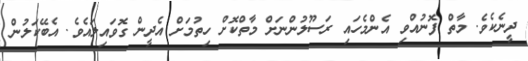
ދީނެކެވެ. މާތް ފޮނުއްވި އެންމެހައި ރަސޫލުންނަށް މާތްކޮށް ހިތުމަށް އެދީން ގޮވައިލައެވެ. އެބޭކަލުން